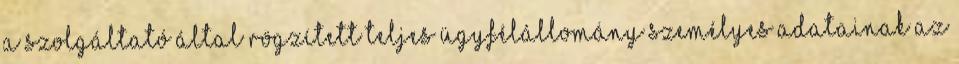
a szolgáltató által rögzített teljes ügyfélállomány személyes adatainak az